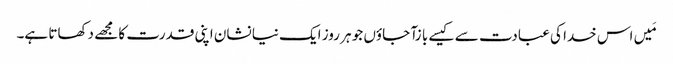
مَیں اس خدا کی عبادت سے کیسے با زآ جاؤں جو ہر روز ایک نیا نشان اپنی قدرت کا مجھے دکھاتا ہے۔